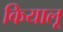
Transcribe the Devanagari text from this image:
कियालू